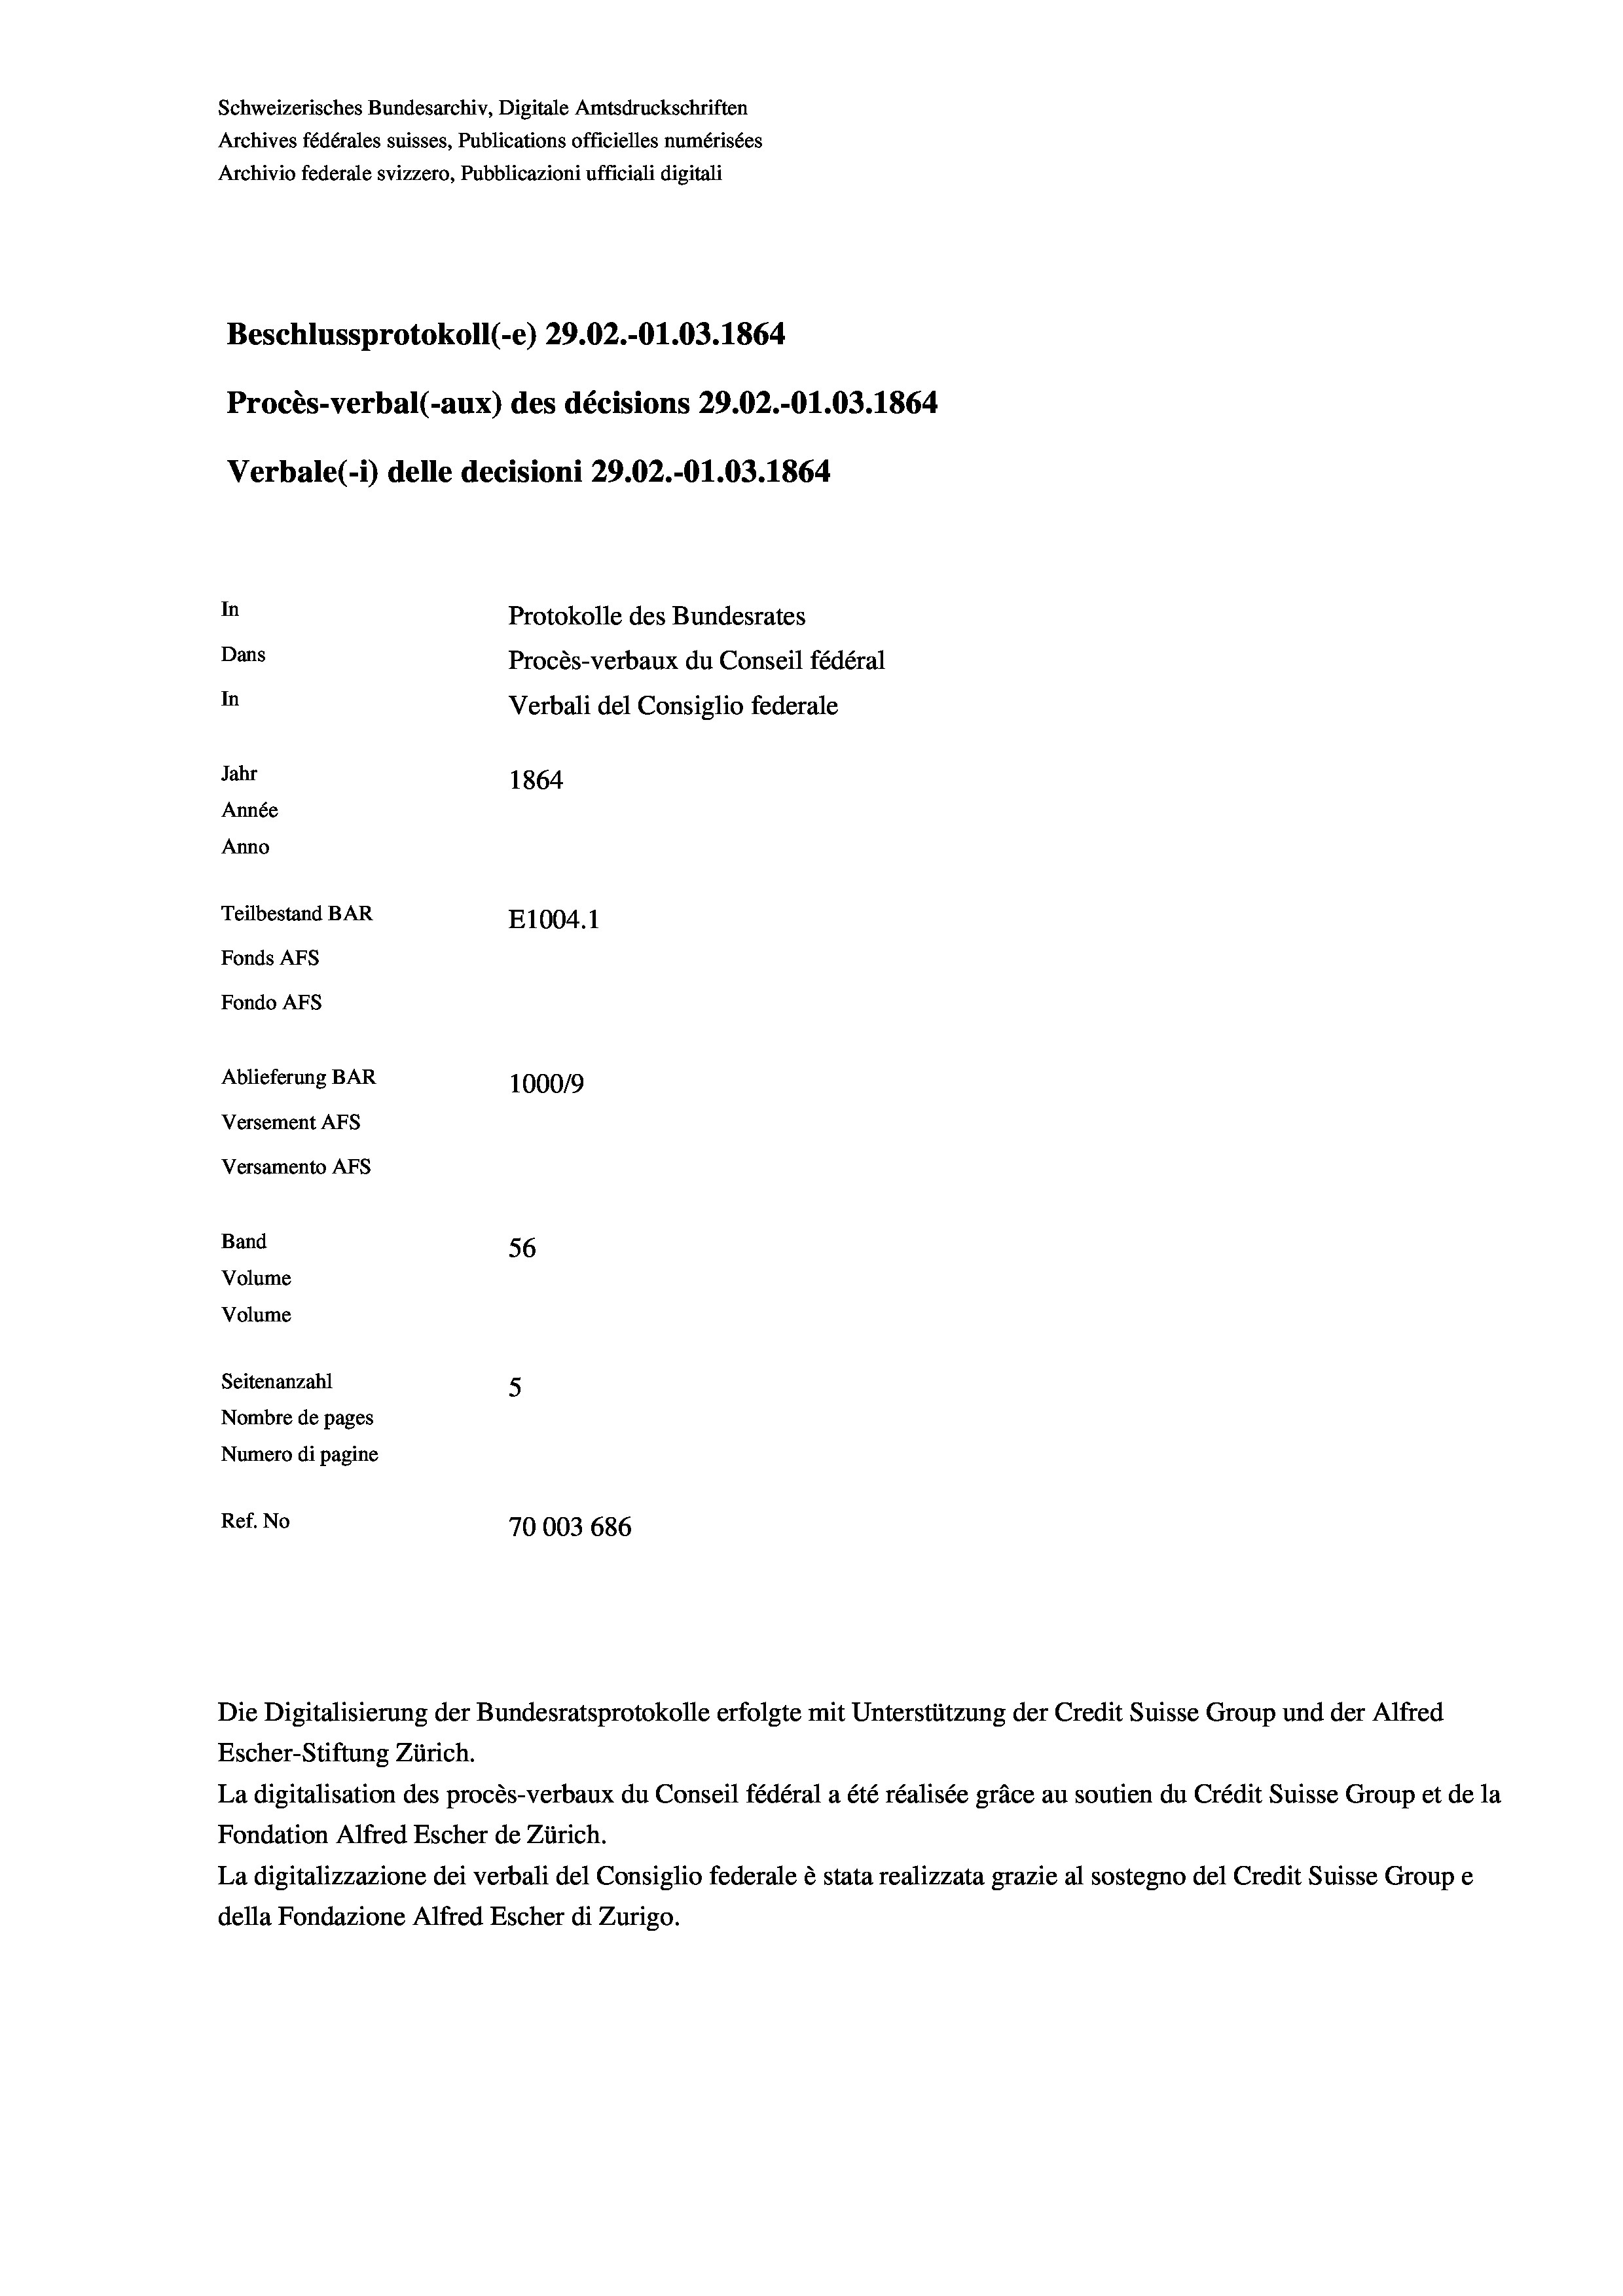
Beschlussprotokoll (-e) 29.02.-O1.03. 1864
Procès-verbal (-aux) des décisions 29.02.-O1.03. 1864
In
Protokolle des Bundesrates
Dans
Procès-verbaux du Conseil fédéral
In
Verbali del Consiglio federale
Jahr
1864
Année
Anno
Teilbestand BAR
E1004.1
Fonds AFs
Fondo Afs

Ablieferung BAR
Versement AFs
Versamento Afs
Band
Volume
Volume
Seitenanzahl
5
Nombre de pages

Schweizerisches Bundesarchiv, Digitale Amtsdruckschriften
Archives fédérales suisses, Publications officielles numérisées
Archivio federale svizzero, Pubblicazioni ufficiali digitali

Verbale (- 1) delle decisioni 29.02.-O1.03. 1864

100019
56
Numero di pagine
Ref. No
70003 686

La digitalisation des procès-verbaux du Conseil fédéral a été réalisée gräce au soutien du Crédit Suisse Group et de la
Fondation Alfred Escher de Zürich.
La digitalizzazione dei verbali del Consiglio federale è stata realizzata grazie al sostegno del Credit Suisse Groupe
della Fondazione Alfred Escher di Zurigo.

Die Digitalisierung der Bundesratsprotokolle erfolgte mit Unterstützung der Credit Suisse Group und der Alfred
Escher-Stiftung Zürich.